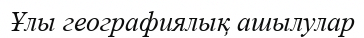
Ұлы географиялық ашылулар